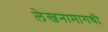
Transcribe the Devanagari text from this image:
लेखनामागची